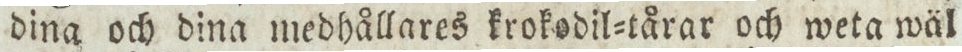
dina och dina medhållares krokodil=tårar och weta wäl